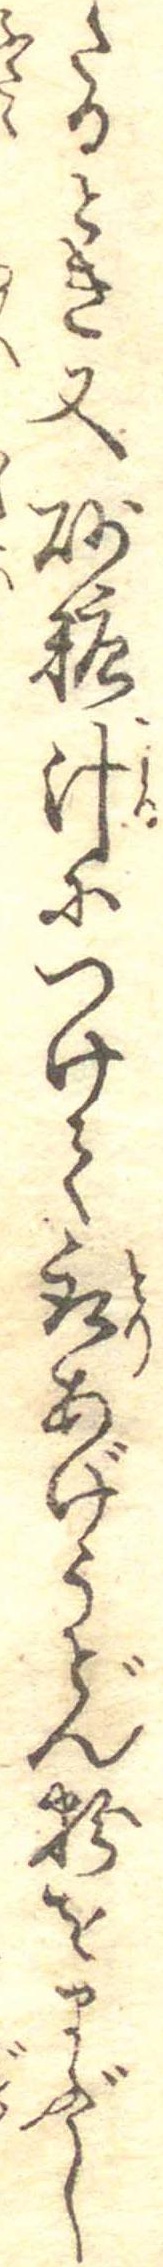
たるとき又砂糖汁につけて取あげうどん粉をまぶし